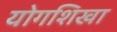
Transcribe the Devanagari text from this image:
योगशिखा